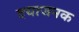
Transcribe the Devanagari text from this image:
दयाजनक